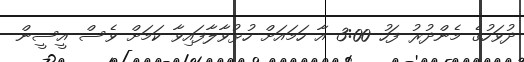
ދުވަހުގެ މެންދުރު ފަހު 3:00 އާ ހަމައަށް ހުޅުވާލާފައިވާ ކަމަށް ވެސް އީސީން